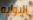
البوابه